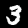
Digit: 3